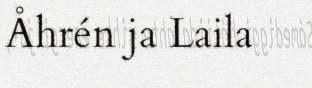
Åhrén ja Laila